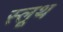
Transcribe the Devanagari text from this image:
स्लूथ